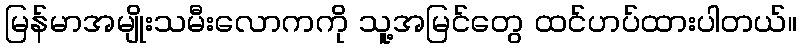
မြန်မာအမျိုးသမီးလောကကို သူ့အမြင်တွေ ထင်ဟပ်ထားပါတယ်။